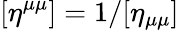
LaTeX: [\eta^{\mu\mu}]=1/[\eta_{\mu\mu}]